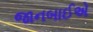
જાનબાઈએ